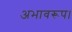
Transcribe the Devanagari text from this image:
अभावरूप।